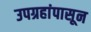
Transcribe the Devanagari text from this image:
उपग्रहांपासून